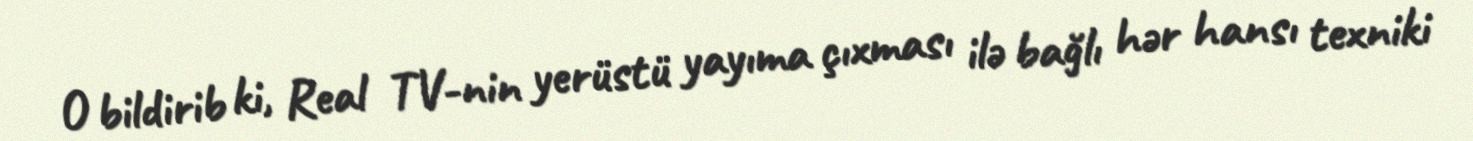
O bildirib ki, Real TV-nin yerüstü yayıma çıxması ilə bağlı hər hansı texniki